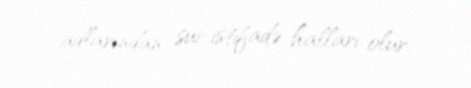
adlarından sui-istifadə halları olur.